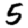
Digit: 5